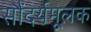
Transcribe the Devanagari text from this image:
सौंदर्यमूलक